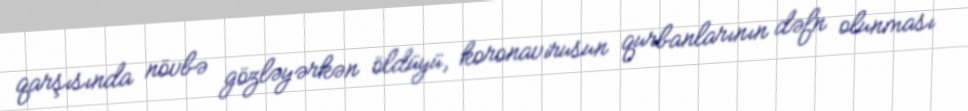
qarşısında növbə gözləyərkən öldüyü, koronavirusun qurbanlarının dəfn olunması